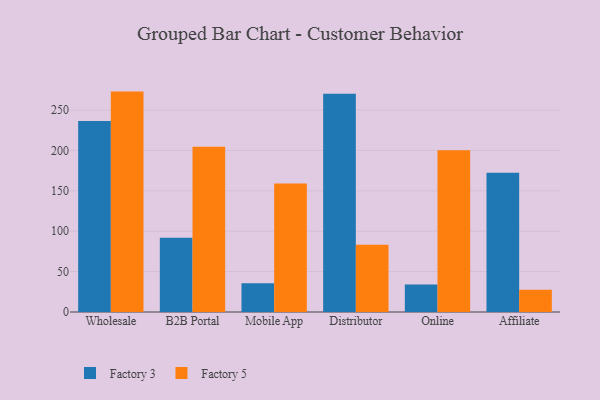
{"axis": {"x": "Channel", "y": "Waste Production (Tons)"}, "legend": ["Factory 3", "Factory 5"], "data": [{"x": "Wholesale", "y": 236.6, "type": "Factory 3"}, {"x": "Wholesale", "y": 272.9, "type": "Factory 5"}, {"x": "B2B Portal", "y": 91.9, "type": "Factory 3"}, {"x": "B2B Portal", "y": 204.7, "type": "Factory 5"}, {"x": "Mobile App", "y": 35.7, "type": "Factory 3"}, {"x": "Mobile App", "y": 159.1, "type": "Factory 5"}, {"x": "Distributor", "y": 270.2, "type": "Factory 3"}, {"x": "Distributor", "y": 83.3, "type": "Factory 5"}, {"x": "Online", "y": 34.0, "type": "Factory 3"}, {"x": "Online", "y": 200.2, "type": "Factory 5"}, {"x": "Affiliate", "y": 172.3, "type": "Factory 3"}, {"x": "Affiliate", "y": 27.4, "type": "Factory 5"}]}